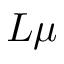
L \mu